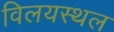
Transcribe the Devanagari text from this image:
विलयस्थल